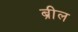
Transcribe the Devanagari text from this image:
ब्रील